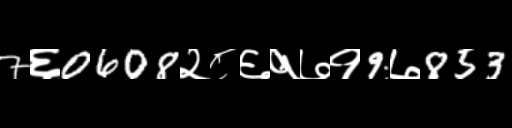
Text: 7६0608२८६१७१9७853